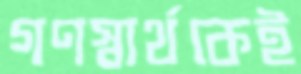
গণস্বার্থকেই